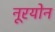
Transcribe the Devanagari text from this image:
नूरयोन